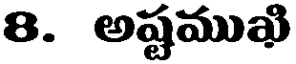
8. అష్టముఖి